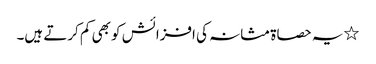
٭یہ حصاۃ مثانہ کی افزائش کو بھی کم کرتے ہیں۔